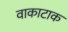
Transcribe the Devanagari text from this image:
वाकाटाक